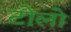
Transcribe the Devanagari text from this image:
टोलो